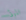
الموتى